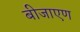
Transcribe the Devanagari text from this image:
बीजाएण